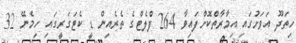
ހިތަދޫ އަވަށުގައި އިމާރާތްކޮށްފައިވާ 264 ފްލެޓްގެ ތެރެއިން ޑީ ކެޓަގަރީގައި ހިމެނޭ 32